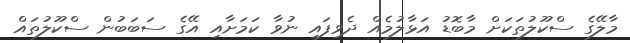
މާލޭގެ ސްކޫލުތަކަށް މާބޮޑު އަޅާލުމެއް ދެވިފައި ނުވާ ކަމަށާއި އޭގެ ސަބަބުން ސްކޫލުތައް